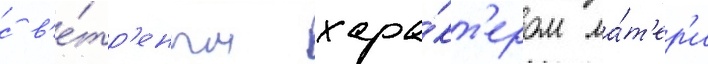
с в'е́тр'еным хара́кт'ером ма́т'ер'и